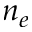
n _ { e }